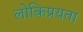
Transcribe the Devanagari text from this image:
लोकिप्रयता